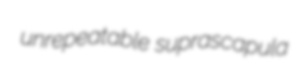
unrepeatable suprascapula